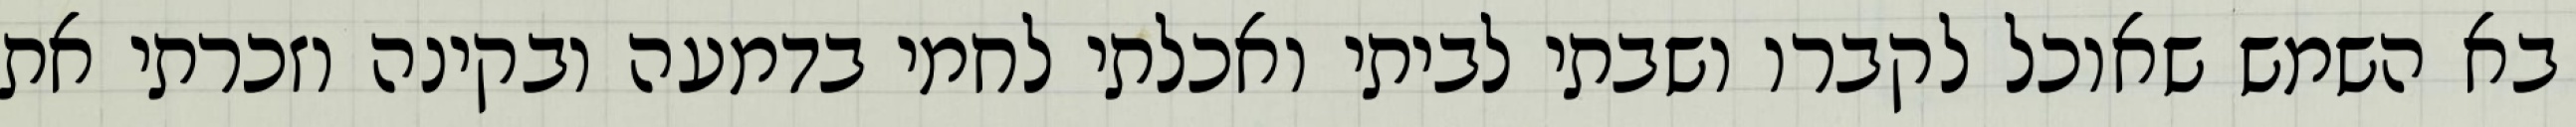
בא השמש שאוכל לקברו ושבתי לביתי ואכלתי לחמי בדמעה ובקינה וזכרתי את